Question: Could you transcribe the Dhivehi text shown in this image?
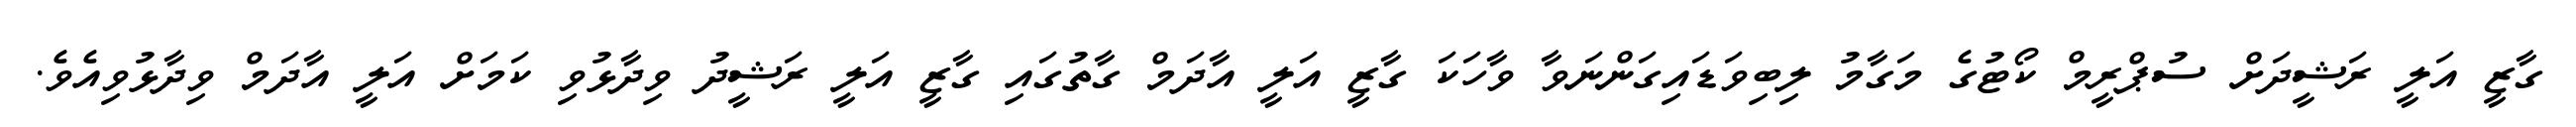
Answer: ގާޒީ އަލީ ރަޝީދަށް ސުޕްރީމް ކޯޓުގެ މަގާމު ލިބިވަޑައިގަންނަވާ ވާހަކަ ގާޒީ އަލީ އާދަމް ގާތުގައި ގާޒީ އަލީ ރަޝީދު ވިދާޅުވި ކަމަށް އަލީ އާދަމް ވިދާޅުވިއެވެ.